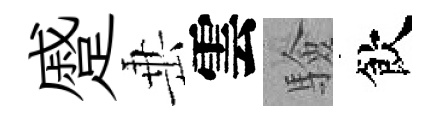
蹙𡸁雲驗飲